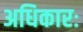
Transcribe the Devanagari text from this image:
अधिकारः